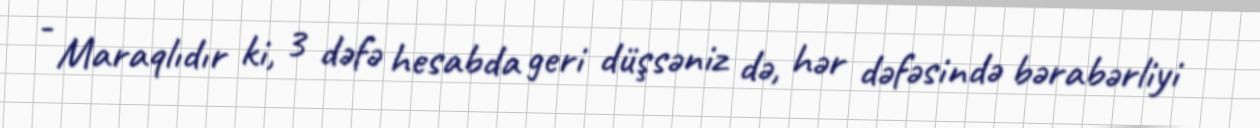
- Maraqlıdır ki, 3 dəfə hesabda geri düşsəniz də, hər dəfəsində bərabərliyi